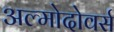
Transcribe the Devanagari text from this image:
अल्मोदोवर्स